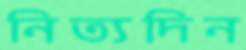
নিত্যদিন